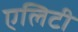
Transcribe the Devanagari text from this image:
एलिटी